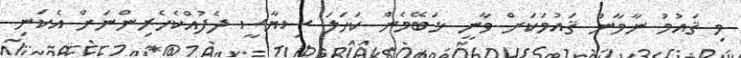
މި ޤައުމު ނާމާން ޤައުމަކަށް ވާނީ ޅަބޭމެން ކަހަލަ ސިޔާސީ ދެފުއްކެހެރިންނަށް އެކަނި